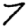
Digit: 7